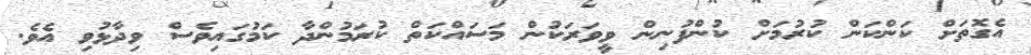
އެގޮތަށް ކަންކަން ކުރުމަށް ކުންފުނިން ވީވަރަކުން މަސައްކަތް ކުރަމުންދާ ކަމުގައިވެސް ވިދާޅުވި އެވެ.